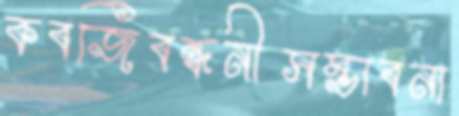
কবজিবন্ধনীসম্ভাবনা